Scottish Education Department, 1929
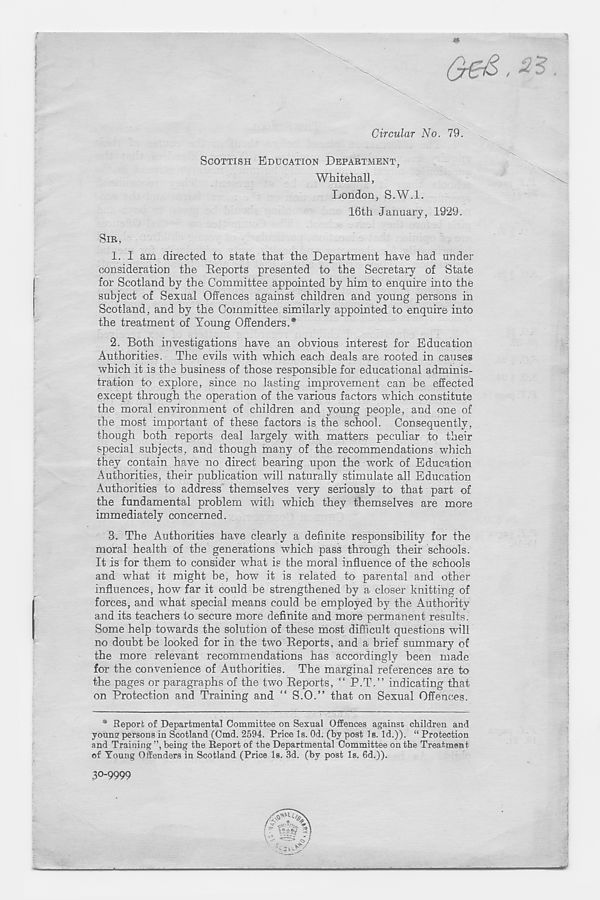
Circular No. 79.
SCOTTISH EDUCATION DEPARTMENT,
Whitehall,
London, S.W.l.
16th January, 1929.
SIR,
1. I am directed to state that the Department have had under
consideration the Reports presented to the Secretary of State
for Scotland by the Committee appointed by him to enquire into the
subject of Sexual Offences against children and young persons in
Scotland, and by the Committee similarly appointed to enquire into
the treatment of Young Offenders.*
2. Both investigations have an obvious interest for Education
Authorities. The evils with which each deals are rooted in causes
which it is the business of those responsible for educational adminis-
tration to explore, since no lasting improvement can be effected
except through the operation of the various factors which constitute
the moral environment of children and young people, and one of
the most important of these factors is the school. Consequently,
though both reports deal largely with matters peculiar to their
special subjects, and though many of the recommendations which
they contain have no direct bearing upon the work of Education
Authorities, their publication will naturally stimulate all Education
Authorities to address themselves very seriously to that part of
the fundamental problem with which they themselves are more
immediately concerned.
3. The Authorities have clearly a definite responsibility for the
moral health of the generations which pass through their schools.
It is for them to consider what is the moral influence of the schools
and what it might be, how it is related to parental and other
influences, how far it could be strengthened by a closer knitting of
forces, and what special means could be employed by the Authority
and its teachers to secure more definite and more permanent results.
Some help towards the solution of these most difficult questions will
no doubt be looked for in the two Reports, and a brief summary of
the more relevant recommendations has accordingly been made
for the convenience of Authorities. The marginal references are to
the pages or paragraphs of the two Reports, “ P.T.” indicating that
on Protection and Training and “ S.O.” that on Sexual Offences.
* Report of Departmental Committee on Sexual Offences against children and
young persons in Scotland (Cmd. 2594. Price Is. Od. (by post Is. Id.)). “ Protection
and Training ”, being the Report of the Departmental Committee on the Treatment
of Young Offenders in Scotland (Price Is. 3d. (by post Is. 6d.)).
30-9999